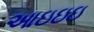
આઇઇઇ